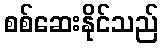
စစ်ဆေးနိုင်သည်